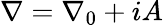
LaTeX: \nabla=\nabla_{0}+iA